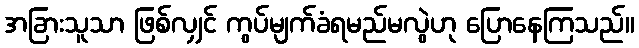
အခြားသူသာ ဖြစ်လျှင် ကွပ်မျက်ခံရမည်မလွဲဟု ပြောနေကြသည်။